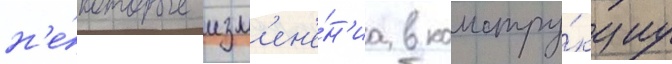
н'е́которые изм'ен'е́н'иа в констру́кциу